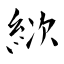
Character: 絘